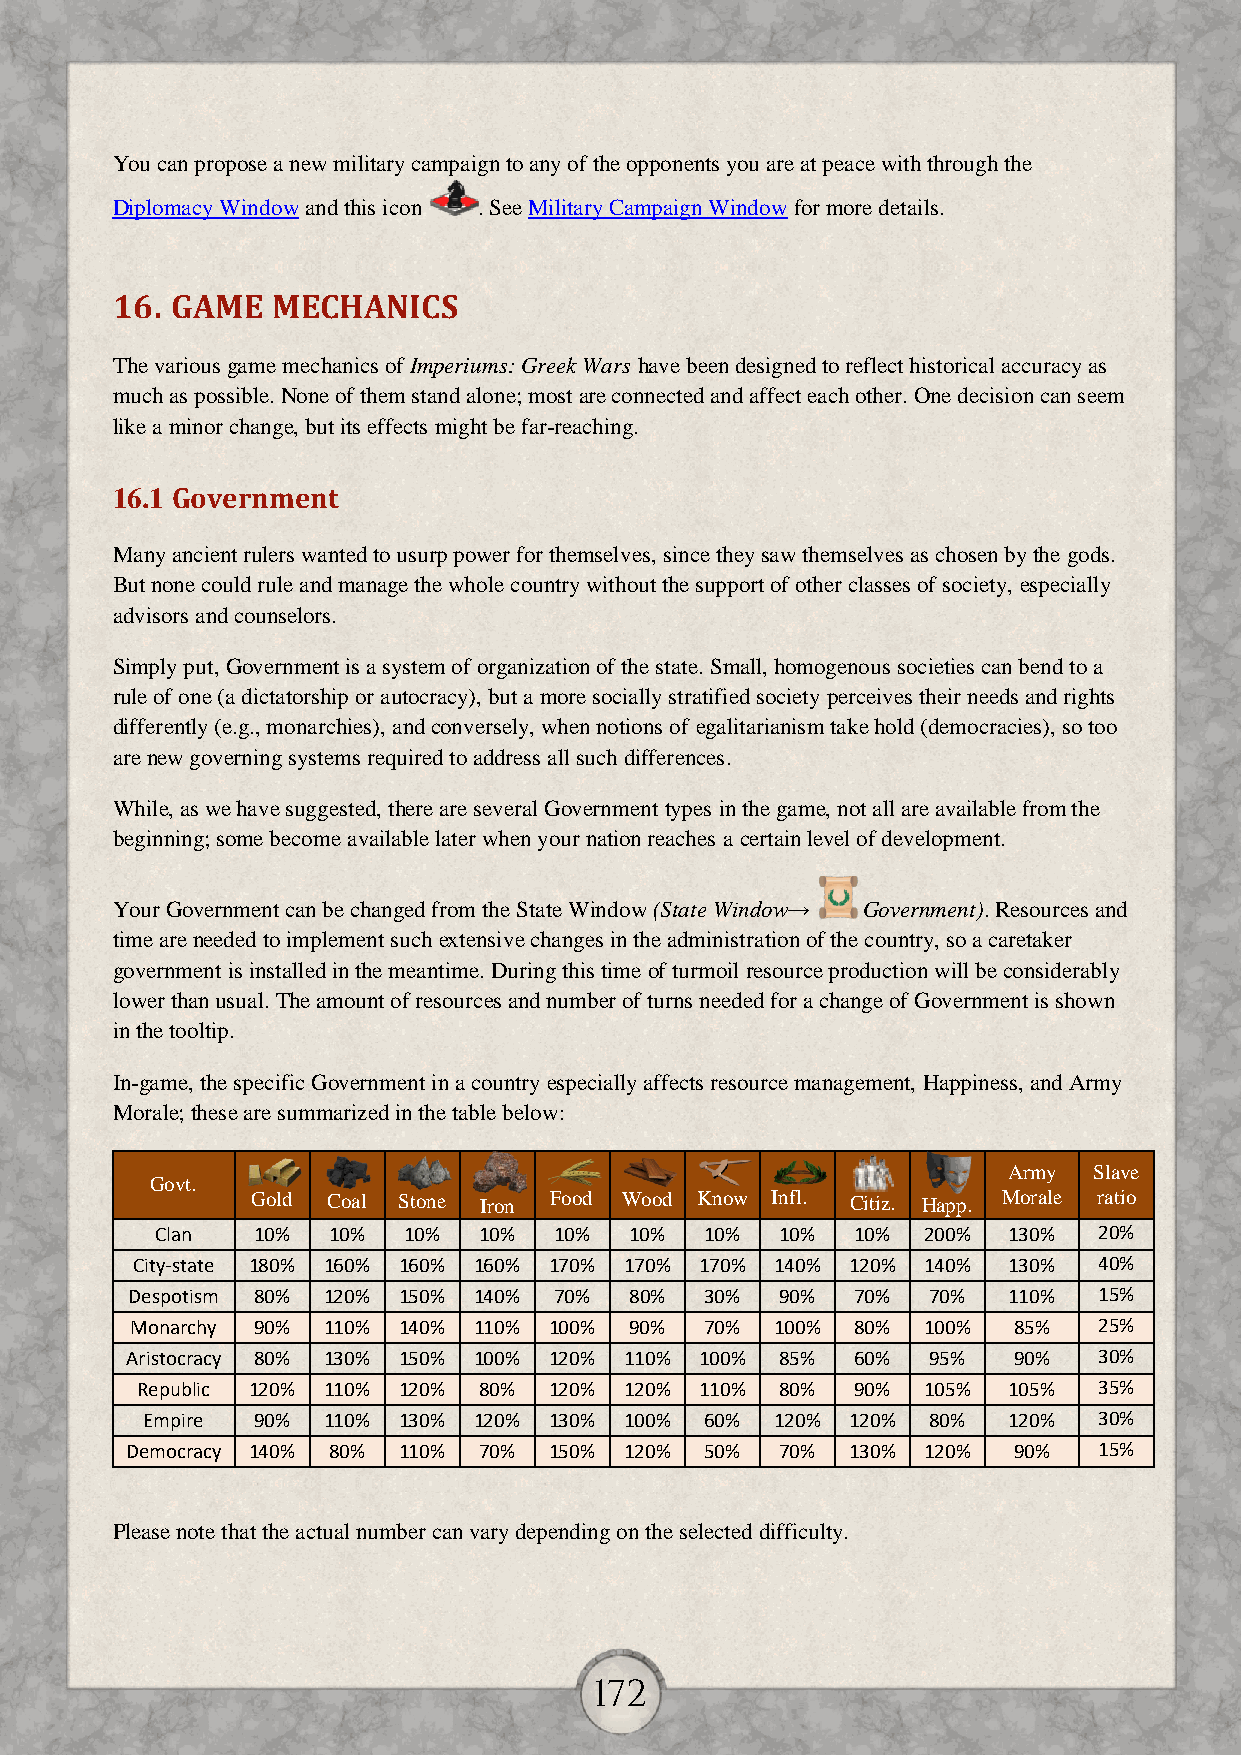
You can propose a new military campaign to any of the opponents you are at peace with through the
 Diplomacy Window and this icon . See Military Campaign Window for more details.
 16. GAME   MECHANICS
 The various game mechanics of Imperiums: Greek Wars have been designed to reflect historical accuracy as
 much as possible. None of them stand alone; most are connected and affect each other. One decision can seem
 like a minor change, but its effects might be far-reaching.
 16.1 Government
 Many ancient rulers wanted to usurp power for themselves, since they saw themselves as chosen by the gods.
 But none could rule and manage the whole country without the support of other classes of society, especially
 advisors and counselors.
 Simply put, Government is a system of organization of the state. Small, homogenous societies can bend to a
 rule of one (a dictatorship or autocracy), but a more socially stratified society perceives their needs and rights
 differently (e.g., monarchies), and conversely, when notions of egalitarianism take hold (democracies), so too
 are new governing systems required to address all such differences.
 While, as we have suggested, there are several Government types in the game, not all are available from the
 beginning; some become available later when your nation reaches a certain level of development.
 Your Government can be changed from the State Window (State Window→ Government). Resources and
 time are needed to implement such extensive changes in the administration of the country, so a caretaker
 government is installed in the meantime. During this time of turmoil resource production will be considerably
 lower than usual. The amount of resources and number of turns needed for a change of Government is shown
 in the tooltip.
 In-game, the specific Government in a country especially affects resource management, Happiness, and Army
 Morale; these are summarized in the table below:
 Govt.
 Army Slave
 Gold Coal Stone Iron Food Wood Know Infl. Citiz. Happ. Morale ratio
 Clan   10%  10%  10%  10%  10%  10%  10%  10%  10% 200%  130%  20%
 City-state 180% 160% 160% 160% 170% 170% 170% 140% 120% 140% 130% 40%
 Despotism 80% 120% 150% 140% 70%  80%  30%  90%  70% 70%   110%  15%
 Monarchy 90% 110% 140% 110% 100% 90%  70% 100%  80% 100%  85%   25%
 Aristocracy 80% 130% 150% 100% 120% 110% 100% 85% 60% 95%  90%   30%
 Republic 120% 110% 120% 80% 120% 120% 110% 80%  90% 105%  105%  35%
 Empire  90% 110% 130% 120% 130% 100%  60% 120% 120% 80%   120%  30%
 Democracy 140% 80% 110% 70% 150% 120%  50%  70% 130% 120%  90%   15%
 Please note that the actual number can vary depending on the selected difficulty.
 172